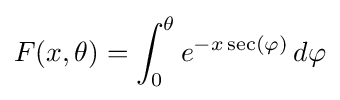
F(x,\theta )=\int _{0}^{\theta }{e^{-x\sec(\varphi )}}\,d{\varphi }